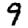
Digit: 9